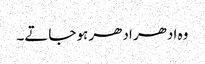
وہ ادھر ادھر ہو جاتے۔